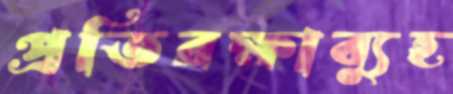
প্রতিরক্ষাব্যুহ